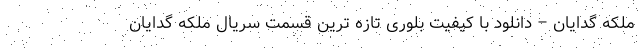
ملکه گدایان – دانلود با کیفیت بلوری تازه ترین قسمت سریال ملکه گدایان